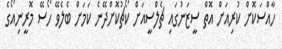
ހާއްސަކޮށް ކުރިއަށް އޮތް ސީޒަނުގައި ޗެލްސީއަށް ކޯޗުކޮށްދޭނެ ކަމަށް ބެލެވޭ ހޯސޭ މޮރީނިއޯގެ